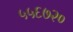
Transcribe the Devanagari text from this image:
५५६७२०